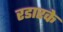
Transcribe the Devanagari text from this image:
रडारके